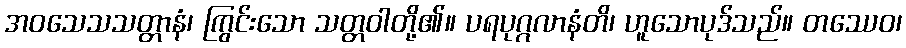
အဝသေသသတ္တာနံ၊ ကြွင်းသော သတ္တဝါတို့၏။ ပရပုဂ္ဂလာနံတိ၊ ဟူသောပုဒ်သည်။ တဿေဝ၊